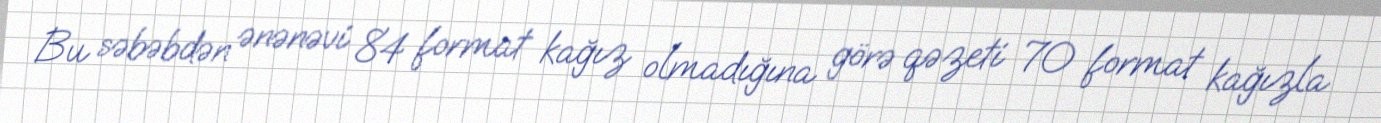
Bu səbəbdən ənənəvi 84 format kağız olmadığına görə qəzeti 70 format kağızla